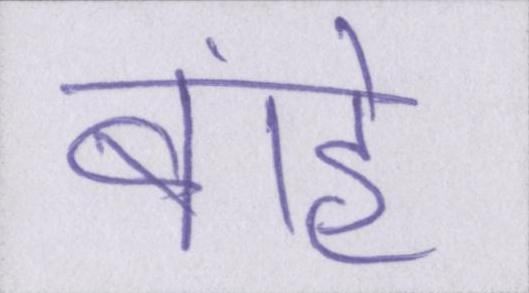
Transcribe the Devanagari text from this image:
बांहें